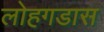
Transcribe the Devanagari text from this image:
लोहगडास